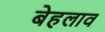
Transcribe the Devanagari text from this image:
बेहलाव